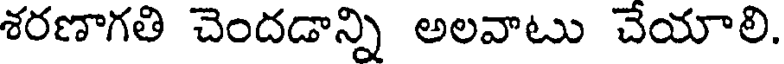
శరణాగతి చెందడాన్ని అలవాటు చేయాలి.